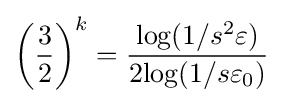
\left({\frac {3}{2}}\right)^{k}={\frac {{\text{log}}(1/s^{2}\varepsilon )}{2{\text{log}}(1/s\varepsilon _{0})}}